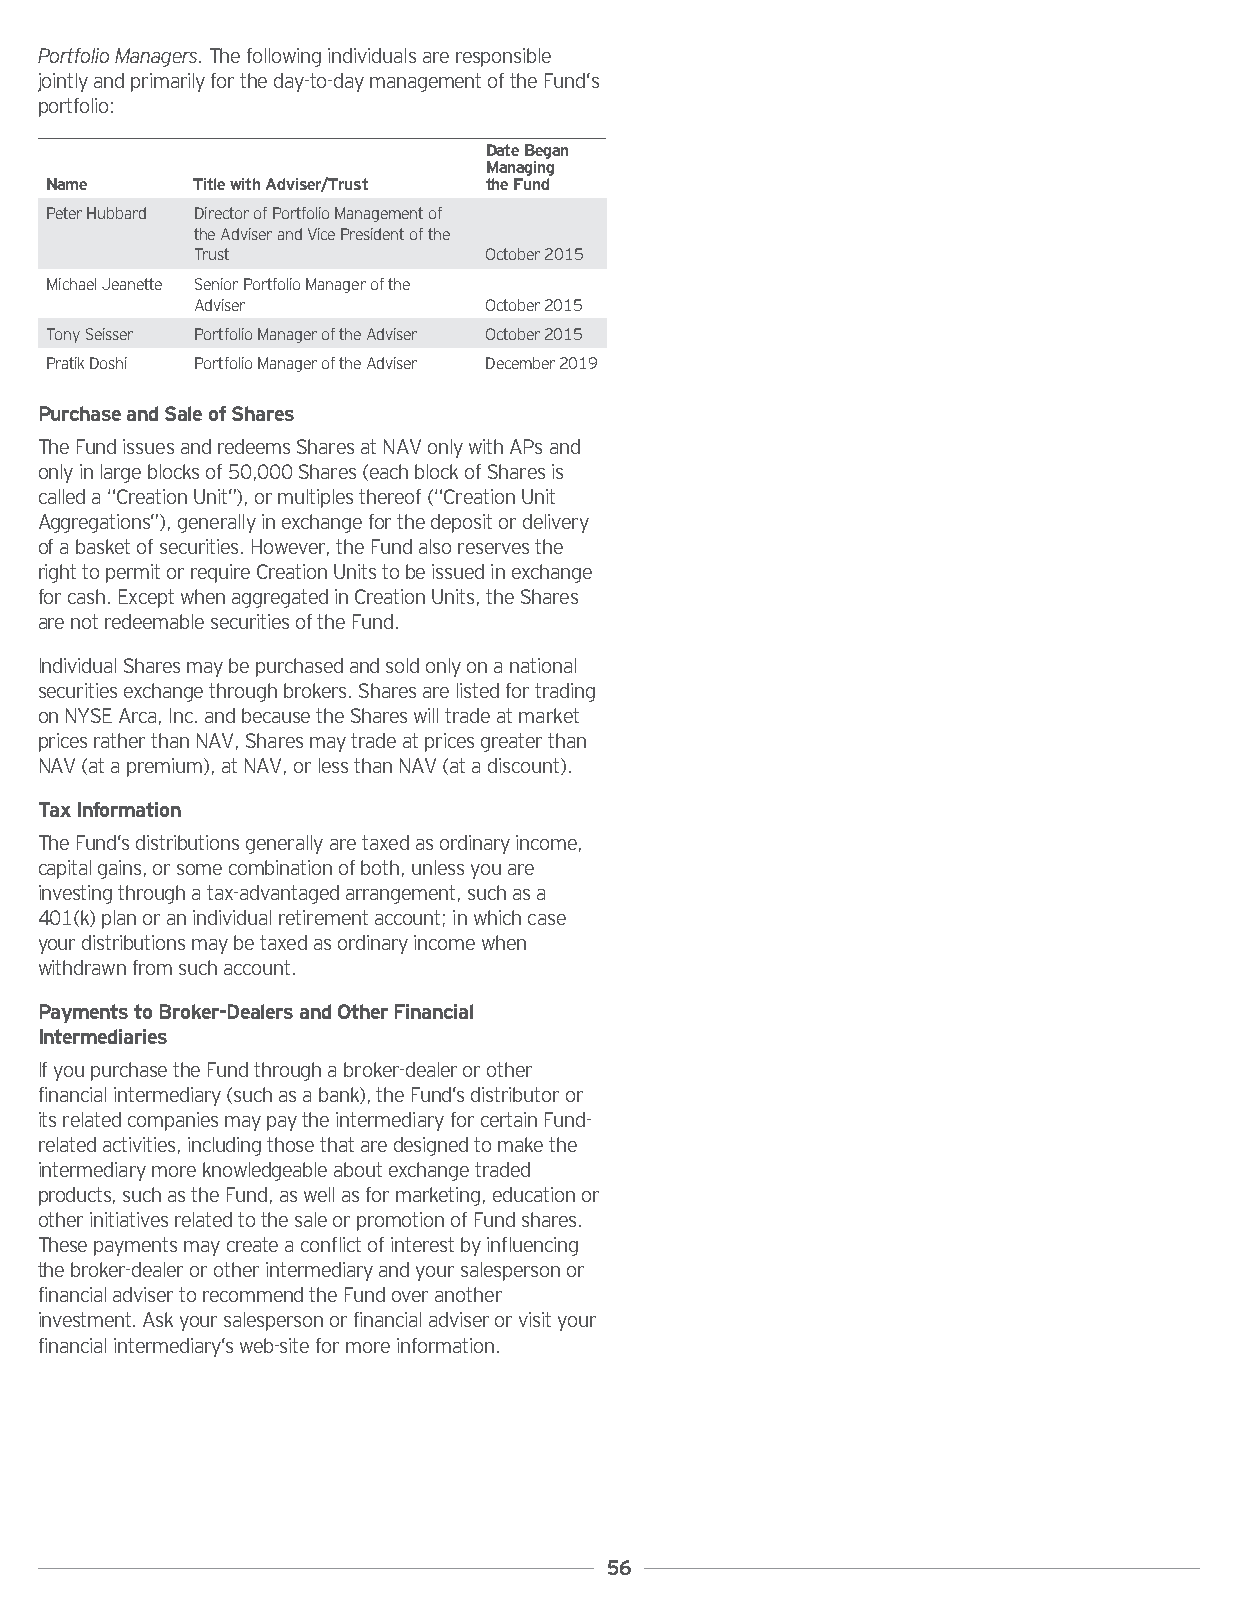
PortfolioManagers.Thefollowingindividualsareresponsible
 jointlyandprimarilyfortheday-to-daymanagementoftheFund’s
 portfolio:
 DateBegan
 Managing
 Name      TitlewithAdviser/Trust theFund
 PeterHubbard DirectorofPortfolioManagementof
 theAdviserandVicePresidentofthe
 Trust              October2015
 MichaelJeanette SeniorPortfolioManagerofthe
 Adviser            October2015
 TonySeisser PortfolioManageroftheAdviser October2015
 PratikDoshi PortfolioManageroftheAdviser December2019
 PurchaseandSaleofShares
 TheFundissuesandredeemsSharesatNAVonlywithAPsand
 onlyinlargeblocksof50,000Shares(eachblockofSharesis
 calleda“CreationUnit”),ormultiplesthereof(“CreationUnit
 Aggregations”),generallyinexchangeforthedepositordelivery
 ofabasketofsecurities.However,theFundalsoreservesthe
 righttopermitorrequireCreationUnitstobeissuedinexchange
 forcash.ExceptwhenaggregatedinCreationUnits,theShares
 arenotredeemablesecuritiesoftheFund.
 IndividualSharesmaybepurchasedandsoldonlyonanational
 securitiesexchangethroughbrokers.Sharesarelistedfortrading
 onNYSEArca,Inc.andbecausetheShareswilltradeatmarket
 pricesratherthanNAV,Sharesmaytradeatpricesgreaterthan
 NAV(atapremium),atNAV,orlessthanNAV(atadiscount).
 TaxInformation
 TheFund’sdistributionsgenerallyaretaxedasordinaryincome,
 capitalgains,orsomecombinationofboth,unlessyouare
 investingthroughatax-advantagedarrangement,suchasa
 401(k)planoranindividualretirementaccount;inwhichcase
 yourdistributionsmaybetaxedasordinaryincomewhen
 withdrawnfromsuchaccount.
 PaymentstoBroker-DealersandOtherFinancial
 Intermediaries
 IfyoupurchasetheFundthroughabroker-dealerorother
 financialintermediary(suchasabank),theFund’sdistributoror
 itsrelatedcompaniesmaypaytheintermediaryforcertainFund-
 relatedactivities,includingthosethataredesignedtomakethe
 intermediarymoreknowledgeableaboutexchangetraded
 products,suchastheFund,aswellasformarketing,educationor
 otherinitiativesrelatedtothesaleorpromotionofFundshares.
 Thesepaymentsmaycreateaconflictofinterestbyinfluencing
 thebroker-dealerorotherintermediaryandyoursalespersonor
 financialadvisertorecommendtheFundoveranother
 investment.Askyoursalespersonorfinancialadviserorvisityour
 financialintermediary’sweb-siteformoreinformation.
 56